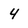
Character: 4